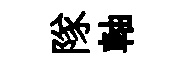
隊軸